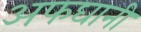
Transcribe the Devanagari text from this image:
अफघानी